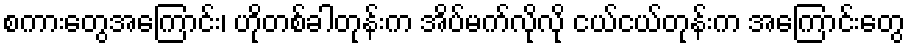
စကားတွေအကြောင်း၊ ဟိုတစ်ခါတုန်းက အိပ်မက်လိုလို ငယ်ငယ်တုန်းက အကြောင်းတွေ